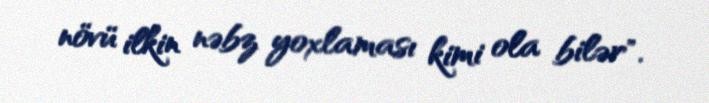
növü ilkin nəbz yoxlaması kimi ola bilər".